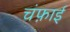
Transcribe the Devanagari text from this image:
चंफ़ाई